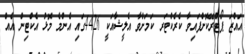
އައްޒަ ޕޯޓްރޭކޮށްފައިވާ ކެރެކްޓަރ ކަމަށްވާ އެލީޝާއަކީ 4426ގައި އެންމެ މޮޅު އެކްޓިން އެއް